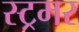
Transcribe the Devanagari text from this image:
स्ट्रमर